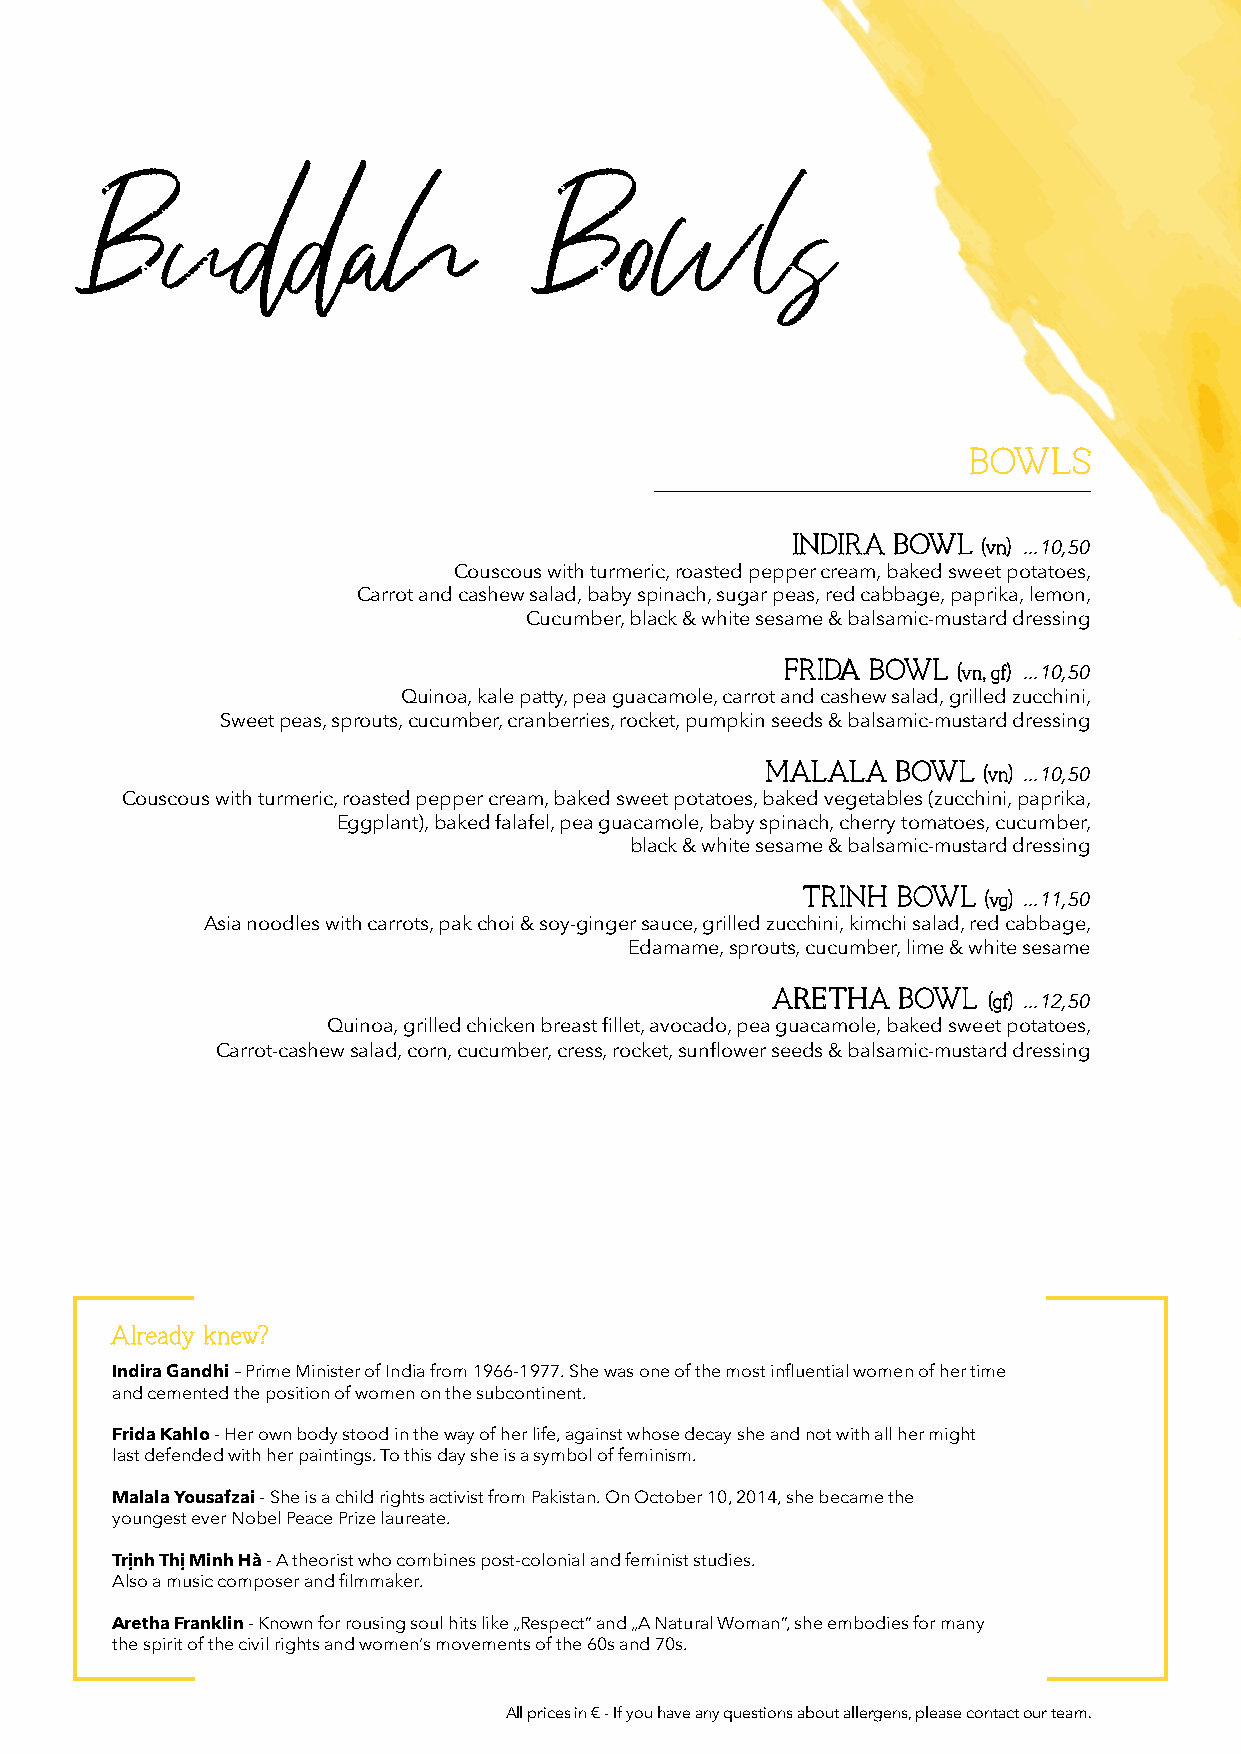
BBOOWWLLSS
 IINNDDIIRRAA BBOOWWLL
 ((vvnn)) ...10,50
 Couscous with turmeric, roasted pepper cream, baked sweet potatoes,
 Carrot and cashew salad, baby spinach, sugar peas, red cabbage, paprika, lemon,
 Cucumber, black & white sesame & balsamic-mustard dressing
 FFRRIIDDAA BBOOWWLL
 ((vvnn,, ggff)) ...10,50
 Quinoa, kale patty, pea guacamole, carrot and cashew salad, grilled zucchini,
 Sweet peas, sprouts, cucumber, cranberries, rocket, pumpkin seeds & balsamic-mustard dressing
 MMAALLAALLAA BBOOWWLL
 ((vvnn)) ...10,50
 Couscous with turmeric, roasted pepper cream, baked sweet potatoes, baked vegetables (zucchini, paprika,
 Eggplant), baked falafel, pea guacamole, baby spinach, cherry tomatoes, cucumber,
 black & white sesame & balsamic-mustard dressing
 TTRRIINNHH BBOOWWLL
 ((vvgg)) ...11,50
 Asia noodles with carrots, pak choi & soy-ginger sauce, grilled zucchini, kimchi salad, red cabbage,
 Edamame, sprouts, cucumber, lime & white sesame
 AARREETTHHAA BBOOWWLL
 ((ggff)) ...12,50
 Quinoa, grilled chicken breast fillet, avocado, pea guacamole, baked sweet potatoes,
 Carrot-cashew salad, corn, cucumber, cress, rocket, sunflower seeds & balsamic-mustard dressing
 AAllrreeaaddyy kknneeww??
 Indira Gandhi – Prime Minister of India from 1966-1977. She was one of the most influential women of her time
 and cemented the position of women on the subcontinent.
 Frida Kahlo - Her own body stood in the way of her life, against whose decay she and not with all her might
 last defended with her paintings. To this day she is a symbol of feminism.
 Malala Yousafzai - She is a child rights activist from Pakistan. On October 10, 2014, she became the
 youngest ever Nobel Peace Prize laureate.
 Trịnh Thị Minh Hà - A theorist who combines post-colonial and feminist studies.
 Also a music composer and filmmaker.
 Aretha Franklin - Known for rousing soul hits like „Respect“ and „A Natural Woman“, she embodies for many
 the spirit of the civil rights and women‘s movements of the 60s and 70s.
 All prices in € - If you have any questions about allergens, please contact our team.